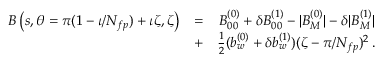
\begin{array} { r l r } { B \left( s , \theta = \pi ( 1 - \iota / N _ { f p } ) + \iota \zeta , \zeta \right) } & { = } & { B _ { 0 0 } ^ { ( 0 ) } + \delta B _ { 0 0 } ^ { ( 1 ) } - | B _ { M } ^ { ( 0 ) } | - \delta | B _ { M } ^ { ( 1 ) } | } \\ & { + } & { \frac { 1 } { 2 } ( b _ { w } ^ { ( 0 ) } + \delta b _ { w } ^ { ( 1 ) } ) ( \zeta - \pi / N _ { f p } ) ^ { 2 } \, . } \end{array}